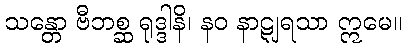
သန္တော ဗီဘစ္ဆ ရုဒ္ဒါနိ၊ နဝ နာဋျရသာ ဣမေ။